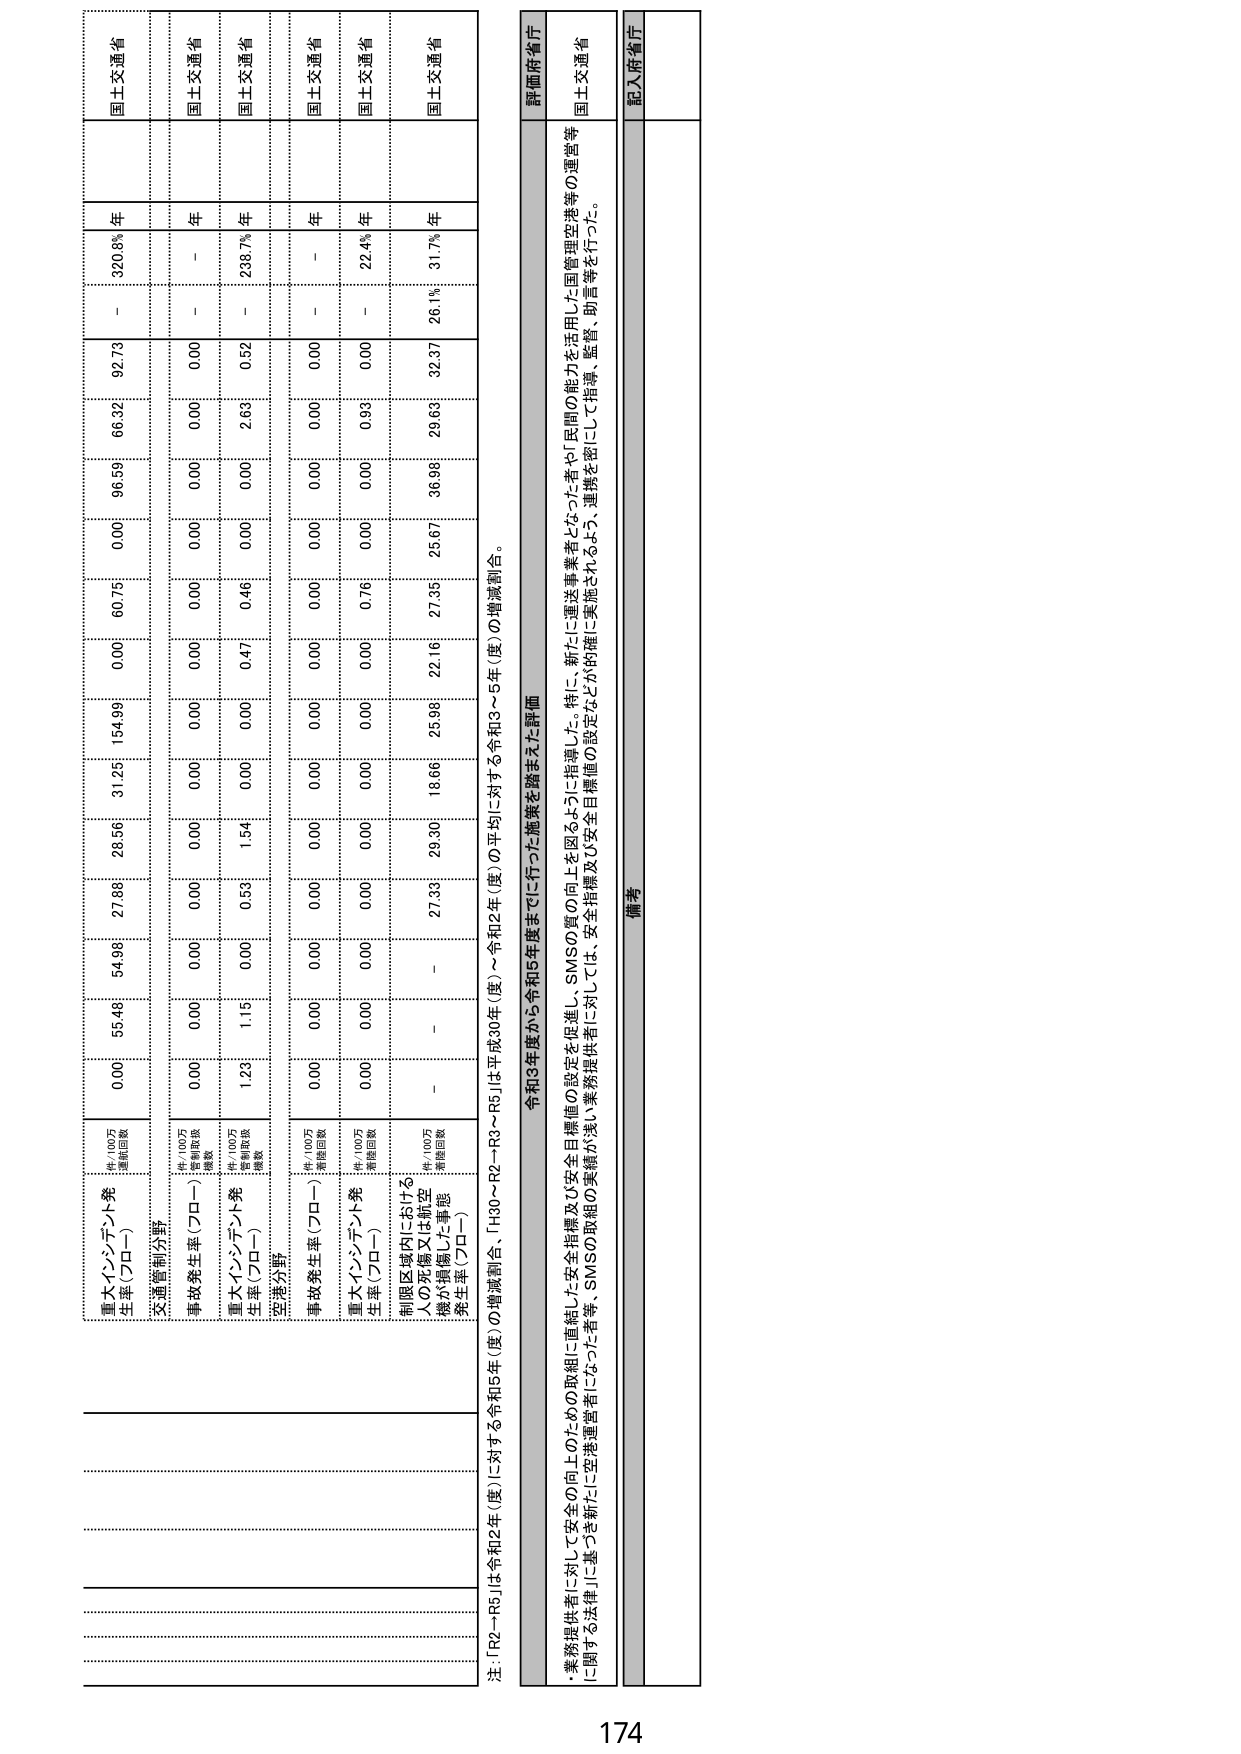
重大インシデント発生率（プロー）
（件/100万運航回数）
0.00  55.46  54.98  27.88  28.56  31.25  154.99  0.00  60.75  0.00  96.59  66.32  92.73  -  320.8%  年
国士交通省

交通事故発生率（プロー）
（件/100万運航回数）
0.00  0.00  0.00  0.00  0.00  0.00  0.00  0.00  0.00  0.00  0.00  0.00  0.00  -  年
国士交通省

重大インシデント発生率（プロー）
空港分野
（件/100万運航回数）
1.23  1.15  0.00  0.53  1.54  0.00  0.00  0.47  0.46  0.00  2.63  0.52  -  238.7%  年
国士交通省

事故発生率（プロー）
（件/100万運航回数）
0.00  0.00  0.00  0.00  0.00  0.00  0.00  0.00  0.00  0.00  0.00  0.00  -  -  年
国士交通省

重大インシデント発生率（プロー）
制限区域内における人の死傷又は航空機が損傷した事態発生率（プロー）
（件/100万運航回数）
-  -  -  27.33  29.30  18.66  25.98  22.16  27.35  25.67  36.98  29.63  32.37  26.1%  31.7%  年
国士交通省

注：「R2～R5」は令和2年（度）に対する令和5年（度）の増減割合、「H30～R2～R5」は平成30年（度）～令和2年（度）～令和5年（度）の平均に対する令和3～5年（度）の増減割合。

令和3年度から令和5年度までに行った施策を踏まえた評価
・業務提供者に対して安全の向上のための取組に直結した安全指標及び安全目標値の設定を促進し、SMSの質の向上を図るように指導した。特に、新たに運送事業者となった者や「民間の能力を活用した国管理空港等の運営等に関する法律」に基づき新たに空港運営者になった者等、SMSの取組の実績が浅い業務提供者に対しては、安全指標及び安全目標値の設定などが的確に実施されるよう、連携を密にして指導、監督、助言等を行った。
評価府省庁
国土交通省

備考
記入府省庁

174